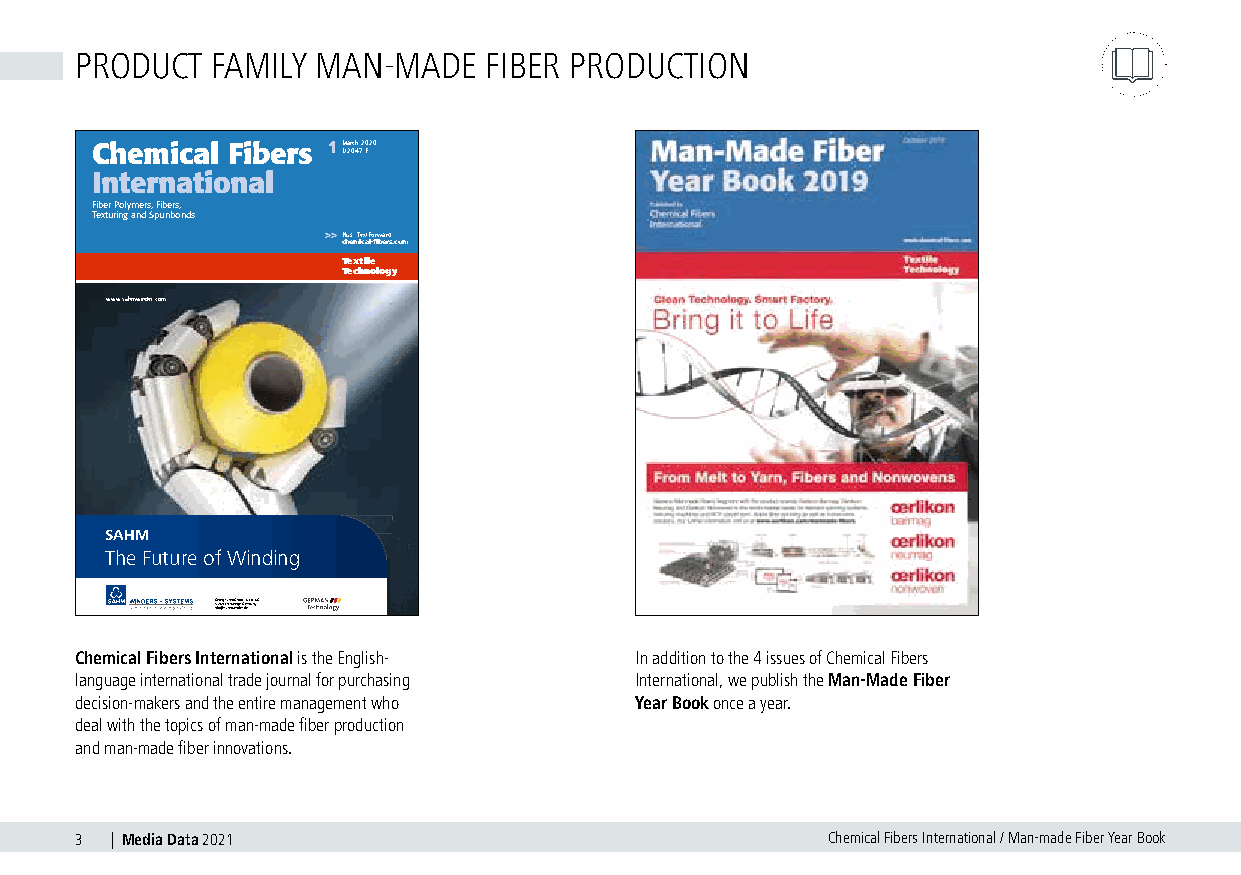
PRODUCT  FAMILY MAN-MADE   FIBER PRODUCTION
 Chemical Fibers 1M D a 2r 0c 4h 7 2 E020
 International
 Fiber Polymers, Fibers,
 Texturing and Spunbonds
 >>Plus: TextForward
 chemical-fibers.com
 Textile
 Technology
 www.sahmwinder.com
 SAHM
 The Future of Winding
 G3in7e fo2o6@rg9 sSEaashch mhmww Geingm deb e, rHG.d e& er mCoa.n KyG
 Chemical Fibers International is the English- In addition to the 4 issues of Chemical Fibers
 language international trade journal for purchasing International, we publish the Man-Made Fiber
 decision-makers and the entire management who Year Book once a year.
 deal with the topics of man-made fiber production
 and man-made fiber innovations.
 3 | Media Data 2021                               Chemical Fibers International / Man-made Fiber Year Book